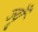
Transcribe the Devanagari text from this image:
ज्यूँ